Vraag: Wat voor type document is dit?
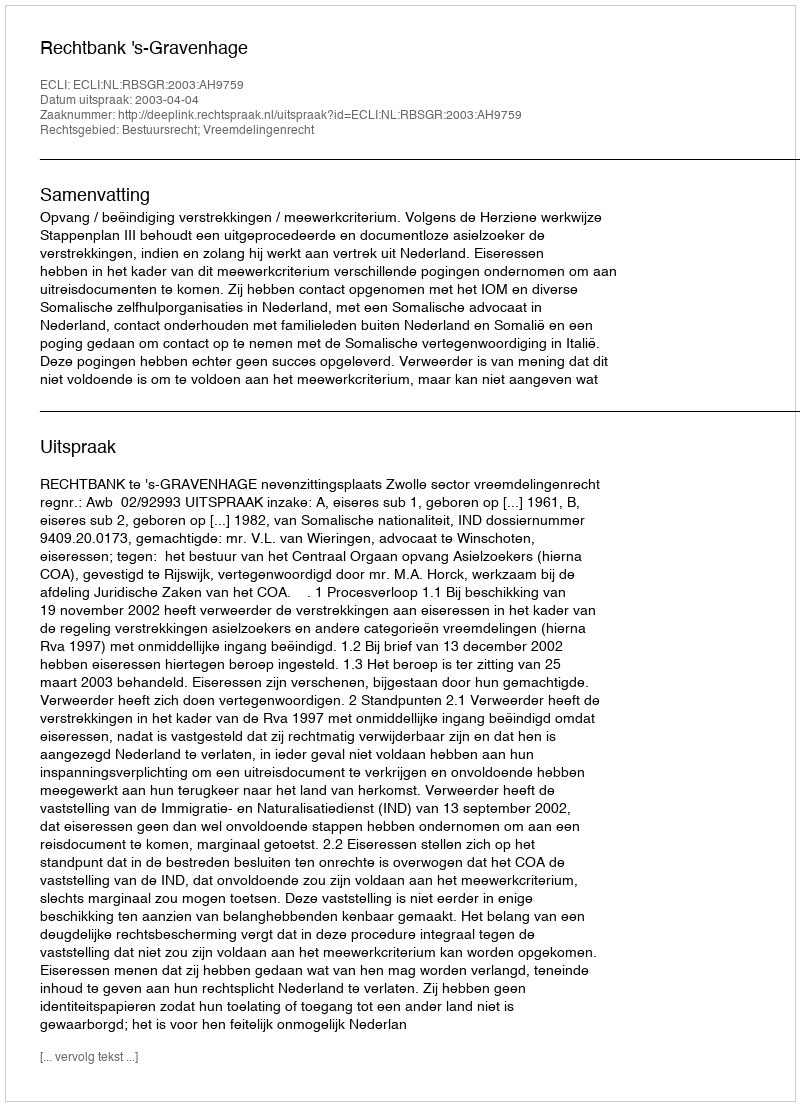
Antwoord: Uitspraak